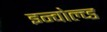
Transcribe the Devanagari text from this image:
इन्वोल्व्ड